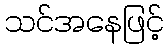
သင်အနေဖြင့်